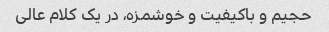
حجیم و باکیفیت و خوشمزه، در یک کلام عالی